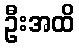
ဦးအထိ